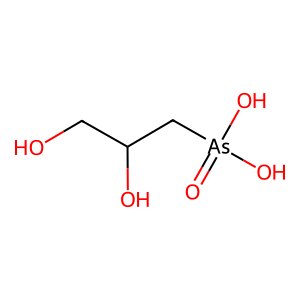
SMILES: O=[As](O)(O)CC(O)CO
Inhibits HIV replication: No